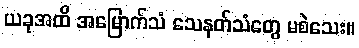
ယခုအထိ အမြောက်သံ သေနတ်သံတွေ မစဲသေး။